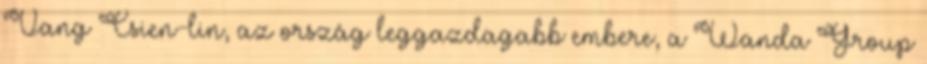
Vang Csien-lin, az ország leggazdagabb embere, a Wanda Group